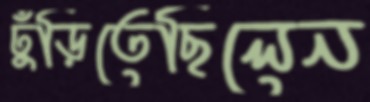
ঢুঁড়িতেছিলেন